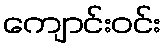
ကျောင်းဝင်း